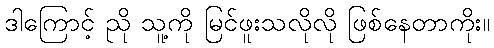
ဒါကြောင့် ညို သူ့ကို မြင်ဖူးသလိုလို ဖြစ်နေတာကိုး။